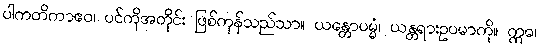
ပါကတိကာဧဝ၊ ပင်ကိုအတိုင်း ဖြစ်ကုန်သည်သာ။ ယန္တောပမ္မံ၊ ယန္တရားဥပမာကို။ ဣဓ၊